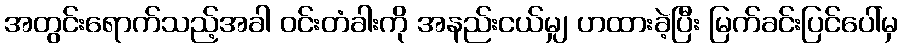
အတွင်းရောက်သည့်အခါ ဝင်းတံခါးကို အနည်းငယ်မျှ ဟထားခဲ့ပြီး မြက်ခင်းပြင်ပေါ်မှ